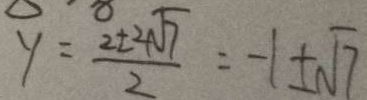
y = \frac { 2 \pm 2 \sqrt { 7 } } { 2 } = - 1 \pm \sqrt { 7 }